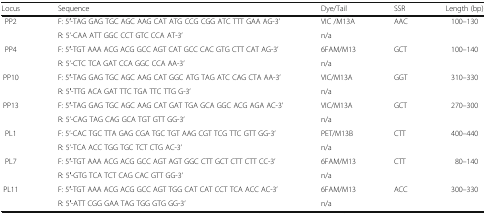
<table><thead><tr><td><b>Locus</b></td><td><b>Sequence</b></td><td><b>Dye/Tail</b></td><td><b>SSR</b></td><td><b>Length (bp)</b></td></tr></thead><tbody><tr><td rowspan="2">PP2</td><td>F: 5′-TAG GAG TGC AGC AAG CAT ATG CCG CGG ATC TTT GAA AG-3’</td><td>VIC /M13A</td><td rowspan="2">AAC</td><td rowspan="2">100–130</td></tr><tr><td>R: 5’-CAA ATT GGC CCT GTC CCA AT-3’</td><td>n/a</td></tr><tr><td rowspan="2">PP4</td><td>F: 5′-TGT AAA ACG ACG GCC AGT CAT GCC CAC GTG CTT CAT AG-3’</td><td>6FAM/M13</td><td rowspan="2">GCT</td><td rowspan="2">100–140</td></tr><tr><td>R: 5’-CTC TCA GAT CCA GGC CCA AA-3’</td><td>n/a</td></tr><tr><td rowspan="2">PP10</td><td>F: 5′-TAG GAG TGC AGC AAG CAT GGC ATG TAG ATC CAG CTA AA-3’</td><td>VIC/M13A</td><td rowspan="2">GGT</td><td rowspan="2">310–330</td></tr><tr><td>R: 5′-TTG ACA GAT TTC TGA TTC TTG G-3’</td><td>n/a</td></tr><tr><td rowspan="2">PP13</td><td>F: 5′-TAG GAG TGC AGC AAG CAT GAT TGA GCA GGC ACG AGA AC-3’</td><td>VIC/M13A</td><td rowspan="2">GCT</td><td rowspan="2">270–300</td></tr><tr><td>R: 5’-CAG TAG CAG GCA TGT GTT GG-3’</td><td>n/a</td></tr><tr><td rowspan="2">PL1</td><td>F: 5’-CAC TGC TTA GAG CGA TGC TGT AAG CGT TCG TTC GTT GG-3’</td><td>PET/M13B</td><td rowspan="2">CTT</td><td rowspan="2">400–440</td></tr><tr><td>R: 5’-TCA ACC TGG TGC TCT CTG AC-3’</td><td>n/a</td></tr><tr><td rowspan="2">PL7</td><td>F: 5′-TGT AAA ACG ACG GCC AGT AGT GGC CTT GCT CTT CTT CC-3’</td><td>6FAM/M13</td><td rowspan="2">CTT</td><td rowspan="2">80–140</td></tr><tr><td>R: 5′-GTG TCA TCT CAG CAC GTT GG-3’</td><td>n/a</td></tr><tr><td rowspan="2">PL11</td><td>F: 5′-TGT AAA ACG ACG GCC AGT TGG CAT CAT CCT TCA ACC AC-3’</td><td>6FAM/M13</td><td rowspan="2">ACC</td><td rowspan="2">300–330</td></tr><tr><td>R: 5′-ATT CGG GAA TAG TGG GTG GG-3’</td><td>n/a</td></tr></tbody></table>